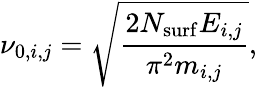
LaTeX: \nu_{0,i,j}=\sqrt{\frac{2N_{\mathrm{surf}}E_{i,j}}{\pi^{2}m_{i,j}}},